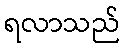
ရလာသည်